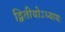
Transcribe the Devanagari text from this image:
द्वितीयोऽध्यायः